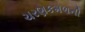
ચરણકમળની